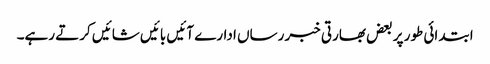
ابتدائی طور پر بعض بھارتی خبر رساں ادارے آئیں بائیں شائیں کرتے رہے۔